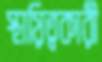
স্থায়িত্বকারী